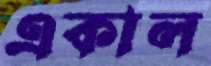
একাল